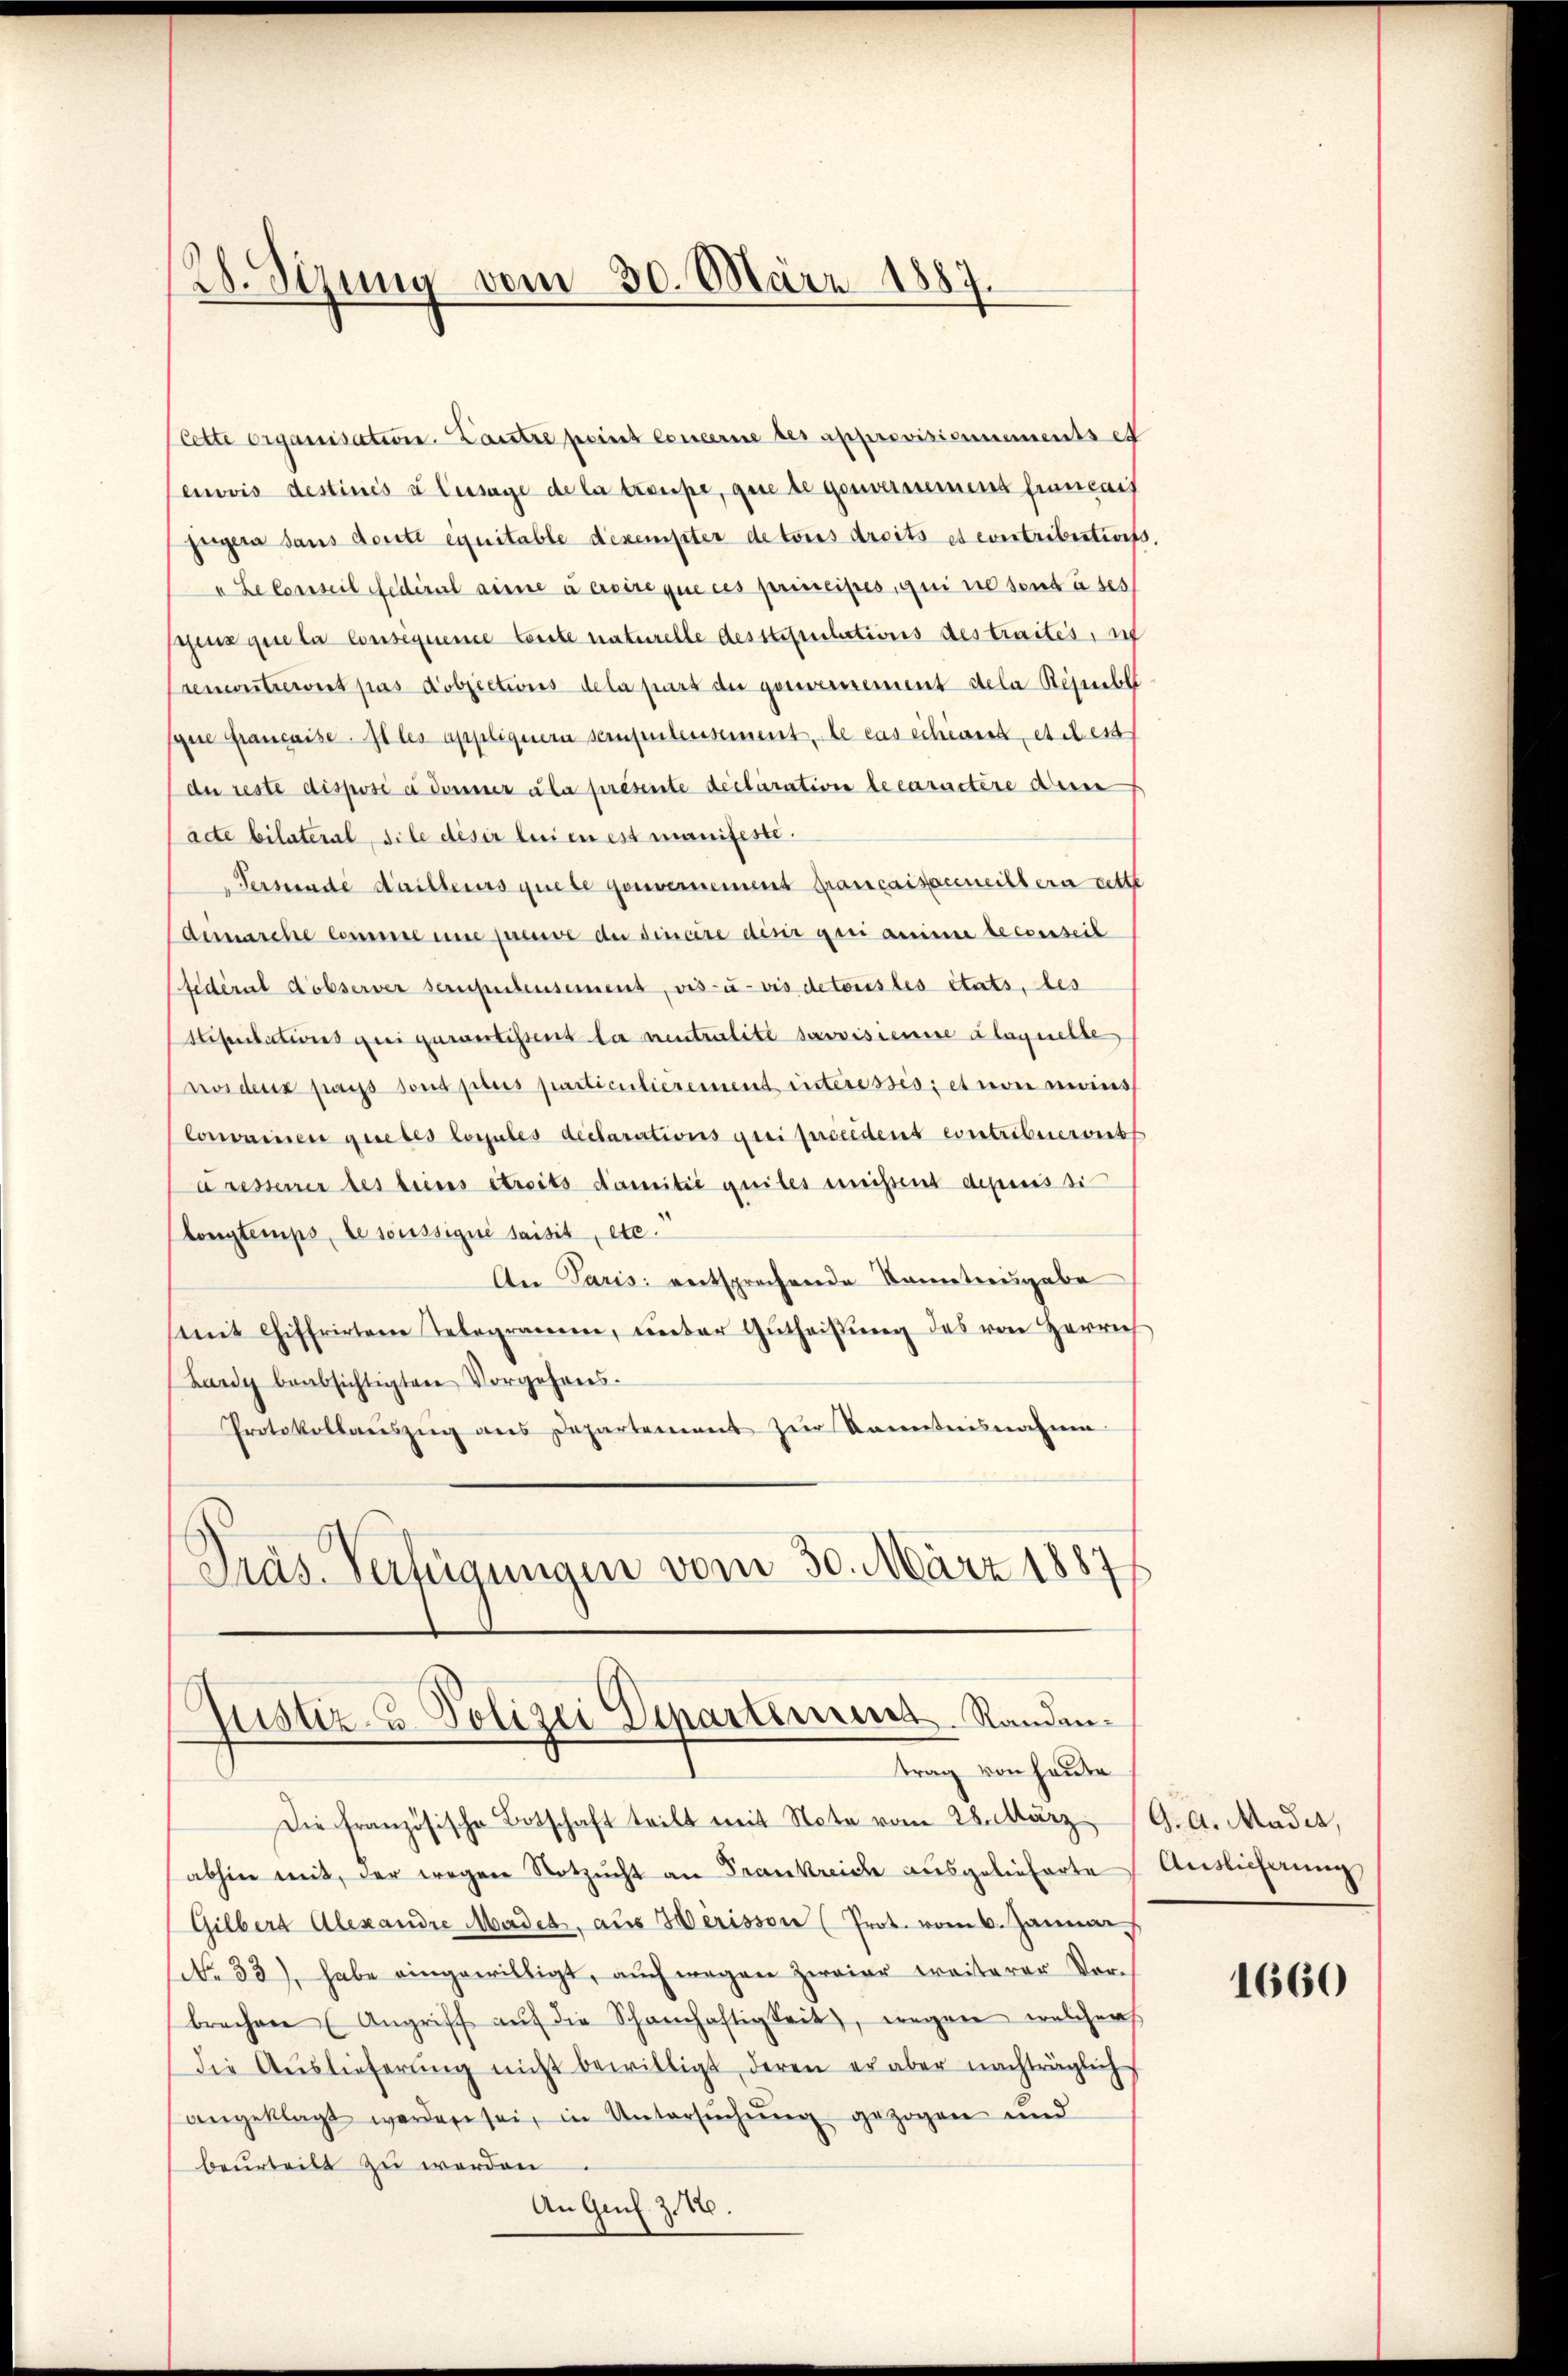
28. Sizung vom 30. März 1887.

Cette organisation. Lautre point concerne des approvisionnementset
envis destinés à Cusage de la troupe, gute de gesammens fiancais
gergera sans dorte einitable dexempter de tous droits et contributions
" Le conseil Federal arme à essire que ces principés, qui ne sent à ses
schens que la consequence toute naturelle desstipulations des traites, in
sementservirt pas objections dela part du gouvernement dela Républi
sque française. In les applignern seinsentensement, le cas schrank etc est
(der reste disposé à donner la présente declaration le caractere deren
acte bilateral, sile desir lui en est manifeste.
Fersende dailleurs quete gouvernement braucaisscheiltera rette
demarche Comme eine preuve der sincère desir qui anime lecserseit
fidéral dobserver sepulensement, vis-à-vis detoris les états, des
Stipulations qui aurantistent le neutralité servisionie alaquelle
nosdenz passs sous pris particulierement interessésiet von moins
Convainen guetes loszules declarations qui peccident contribuericht
dresserrer des biens streits damitie quiles meißend depuis si
longtemps, le soussigné saisit, etc.
An Paris entsprechende Kometreisgabe
mit Chiffrirten Telegramm, unter Gŭtheilŭng des von Herrich
Lany beabsichtigten Vorgehens.
Protokollauszug aus Departement zur Kenntnisnahme
Pras. Verfügungen vom 30. März 1887

Die französische Botschaft teilt mit Note vom 28. März 19. A. Mades,
abhin mit, der wegen Notzucht an Frankreiche ausgelieferte
Gilbert Alexandre Madet, aus Herisson (Prot. vom 6. Januar
No 33), habe eingewilligt, aŭch wegen Zweier weiterer Vor-
brechen Angriff aŭf die Schanhaftigkeit, wegen welcher
die Aŭslieferŭng nicht bewilligt, deren er aber nachträglich
angeklagt werden sei, in Untersŭchŭng gezogen und
beurteilt zu werden
An Genf. Z. 10.

¬
Justiz- & Polizei Departement. Randantrag von heute

Auslicherung

1660